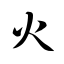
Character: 火